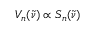
V _ { n } ( \tilde { \nu } ) \propto S _ { n } ( \tilde { \nu } )